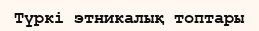
Түркі этникалық топтары